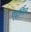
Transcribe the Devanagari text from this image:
एहर्लिच